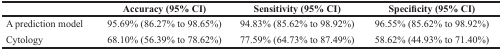
|  | Accuracy (95% CI) | Sensitivity (95% CI) | Specificity (95% CI) |
 | --- | --- | --- | --- |
 | A prediction model | 95.69% (86.27% to 98.65%) | 94.83% (85.62% to 98.92%) | 96.55% (85.62% to 98.92%) |
 | Cytology | 68.10% (56.39% to 78.62%) | 77.59% (64.73% to 87.49%) | 58.62% (44.93% to 71.40%) |